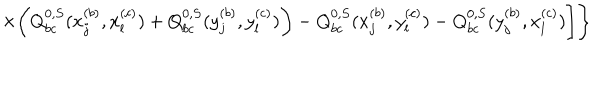
\times \bigg ( Q _ { b c } ^ { 0 , S } ( x _ { j } ^ { ( b ) } , x _ { l } ^ { ( c ) } ) + Q _ { b c } ^ { 0 , S } ( y _ { j } ^ { ( b ) } , y _ { l } ^ { ( c ) } ) \bigg ) - Q _ { b c } ^ { 0 , S } ( x _ { j } ^ { ( b ) } , y _ { l } ^ { ( c ) } ) - Q _ { b c } ^ { 0 , S } ( y _ { j } ^ { ( b ) } , x _ { l } ^ { ( c ) } ) \Bigg ] \Bigg \}